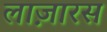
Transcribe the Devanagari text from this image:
लाज़ारस